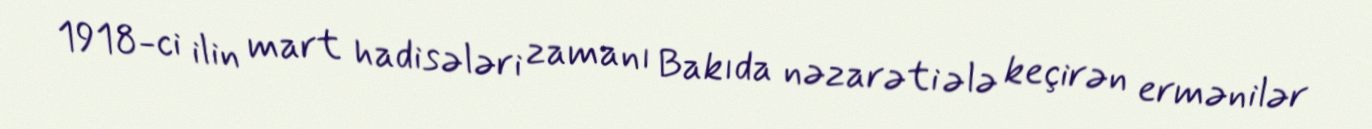
1918-ci ilin mart hadisələri zamanı Bakıda nəzarəti ələ keçirən ermənilər